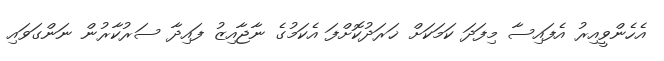
އެހެންވީއިރު އެފައިސާ މިފަދަ ކަމަކަށް ޚަރަދުކޮށްފަ އެކަމުގެ ނާޖާއިޒު ފައިދާ ސަރުކާރުން ނަންގަވައި